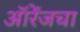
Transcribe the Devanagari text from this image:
ऑरेंजचा